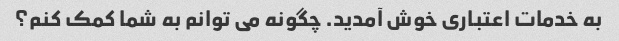
به خدمات اعتباری خوش آمدید. چگونه می توانم به شما کمک کنم؟